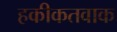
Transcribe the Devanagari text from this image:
हकीकतवाक